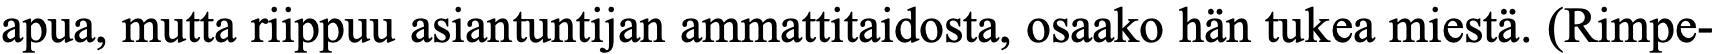
apua, mutta riippuu asiantuntijan ammattitaidosta, osaako hän tukea miestä. (Rimpe-